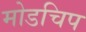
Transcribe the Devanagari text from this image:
मोडचिप